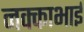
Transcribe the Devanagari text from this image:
नक्काभाई